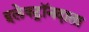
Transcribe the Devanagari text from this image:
इलेक्ट्रॉनदाता